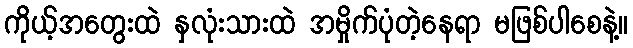
ကိုယ့်အတွေးထဲ နှလုံးသားထဲ အမှိုက်ပုံတဲ့နေရာ မဖြစ်ပါစေနဲ့။